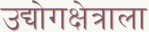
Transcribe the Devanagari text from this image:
उद्योगक्षेत्राला